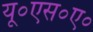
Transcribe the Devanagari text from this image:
यू०एस०ए०